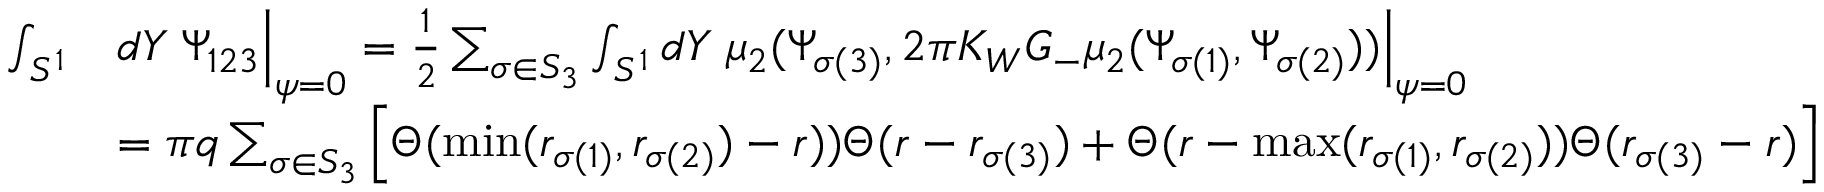
\begin{array} { r l } { \int _ { S ^ { 1 } } } & { d Y \; \Psi _ { 1 2 3 } \Big | _ { \psi = 0 } = \frac 1 2 \sum _ { \sigma \in S _ { 3 } } \int _ { S ^ { 1 } } d Y \; \mu _ { 2 } ( \Psi _ { \sigma ( 3 ) } , 2 \pi K _ { W } G _ { - } \mu _ { 2 } ( \Psi _ { \sigma ( 1 ) } , \Psi _ { \sigma ( 2 ) } ) ) \Big | _ { \psi = 0 } } \\ & { = \pi q \sum _ { \sigma \in S _ { 3 } } \left[ \Theta ( \operatorname* { m i n } ( r _ { \sigma ( 1 ) } , r _ { \sigma ( 2 ) } ) - r ) ) \Theta ( r - r _ { \sigma ( 3 ) } ) + \Theta ( r - \operatorname* { m a x } ( r _ { \sigma ( 1 ) } , r _ { \sigma ( 2 ) } ) ) \Theta ( r _ { \sigma ( 3 ) } - r ) \right] } \end{array}